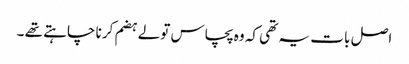
اصل با ت یہ تھی کہ وہ پچاس تولے ہضم کرنا چاہتے تھے ۔